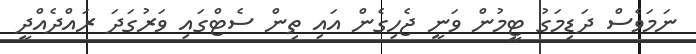
ނަމަވެސް ދަޑިމަގު ޓީމުން ވަނީ ޖެހިގެން އައި ތިން ސެޓްގައި ވަރުގަދަ ރައްދެއްދީ